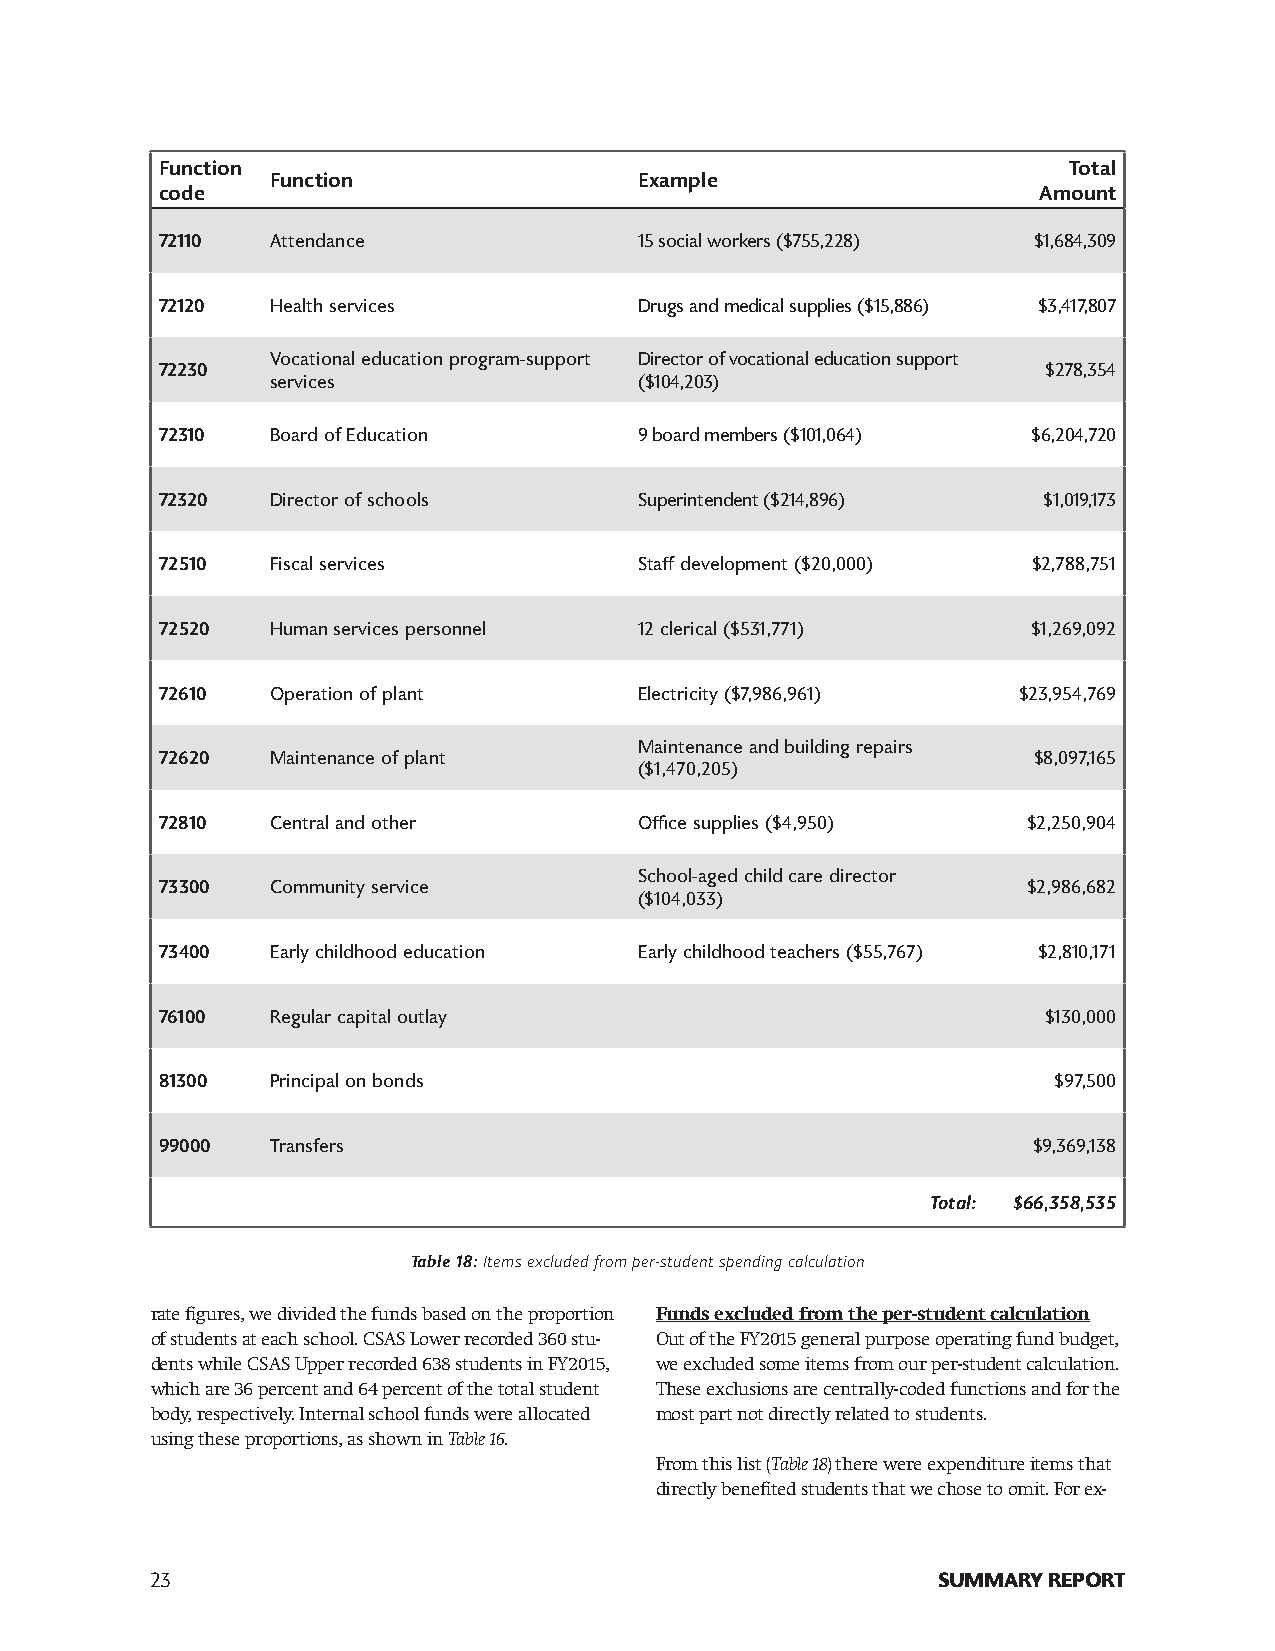
Function                                                    Total
 Function                Example
 code                                                      Amount
 72110  Attendance              15 social workers ($755,228) $1,684,309
 72120  Health services         Drugs and medical supplies ($15,886) $3,417,807
 Vocational education program-support Director of vocational education support
 72230                                                     $278,354
 services                ($104,203)
 72310  Board of Education      9 board members ($101,064) $6,204,720
 72320  Director of schools     Superintendent ($214,896)  $1,019,173
 72510  Fiscal services         Staff development ($20,000) $2,788,751
 72520  Human services personnel 12 clerical ($531,771)   $1,269,092
 72610  Operation of plant      Electricity ($7,986,961) $23,954,769
 Maintenance and building repairs
 72620  Maintenance of plant                              $8,097,165
 ($1,470,205)
 72810  Central and other       Office supplies ($4,950)  $2,250,904
 School-aged child care director
 73300  Community service                                 $2,986,682
 ($104,033)
 73400  Early childhood education Early childhood teachers ($55,767) $2,810,171
 76100  Regular capital outlay                             $130,000
 81300  Principal on bonds                                  $97,500
 99000   Transfers                                         $9,369,138
 Total: $66,358,535
 Table 18: Items excluded from per-student spending calculation
 rate figures, we divided the funds based on the proportion Funds excluded from the per-student calculation
 of students at each school. CSAS Lower recorded 360 stu- Out of the FY2015 general purpose operating fund budget,
 dents while CSAS Upper recorded 638 students in FY2015, we excluded some items from our per-student calculation.
 which are 36 percent and 64 percent of the total student These exclusions are centrally-coded functions and for the
 body, respectively. Internal school funds were allocated most part not directly related to students.
 using these proportions, as shown in Table 16.
 From this list (Table 18) there were expenditure items that
 directly benefited students that we chose to omit. For ex-
 23                                                  SUMMARY REPORT